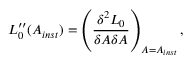
{ \cal L } _ { 0 } ^ { \prime \prime } ( A _ { i n s t } ) = \left( \frac { \delta ^ { 2 } { \cal L } _ { 0 } } { \delta A \delta A } \right) _ { A = A _ { i n s t } } ,